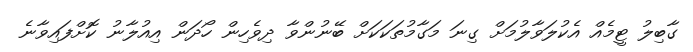
ގާބިލު ޓީމެއް އެކުލަވާލުމަށް ގިނަ މަގާމުތަކަކަށް ބޭނުންވާ ދިވެހިން ހޯދަން އިއުލާނު ކޮށްފައިވާނެ